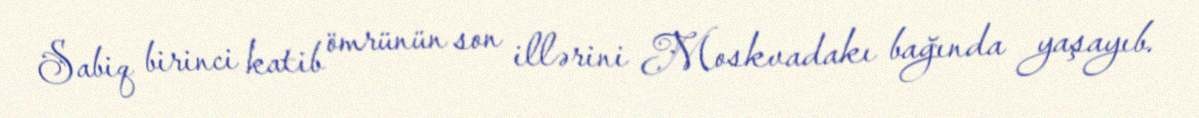
Sabiq birinci katib ömrünün son illərini Moskvadakı bağında yaşayıb.